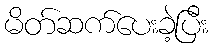
မိတ်ဆက်ပေးခဲ့ပြီး